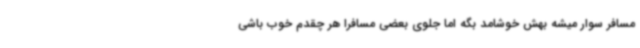
مسافر سوار میشه بهش خوشامد بگه اما جلوی بعضی مسافرا هر چقدم خوب باشی